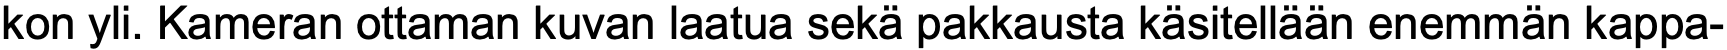
kon yli. Kameran ottaman kuvan laatua sekä pakkausta käsitellään enemmän kappa-